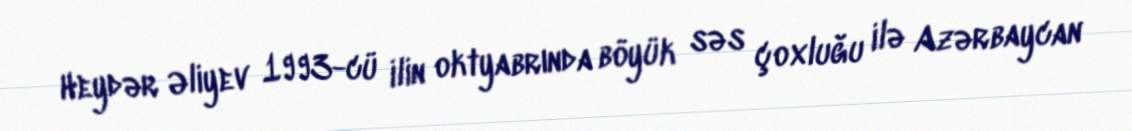
Heydər Əliyev 1993-cü ilin oktyabrında böyük səs çoxluğu ilə Azərbaycan